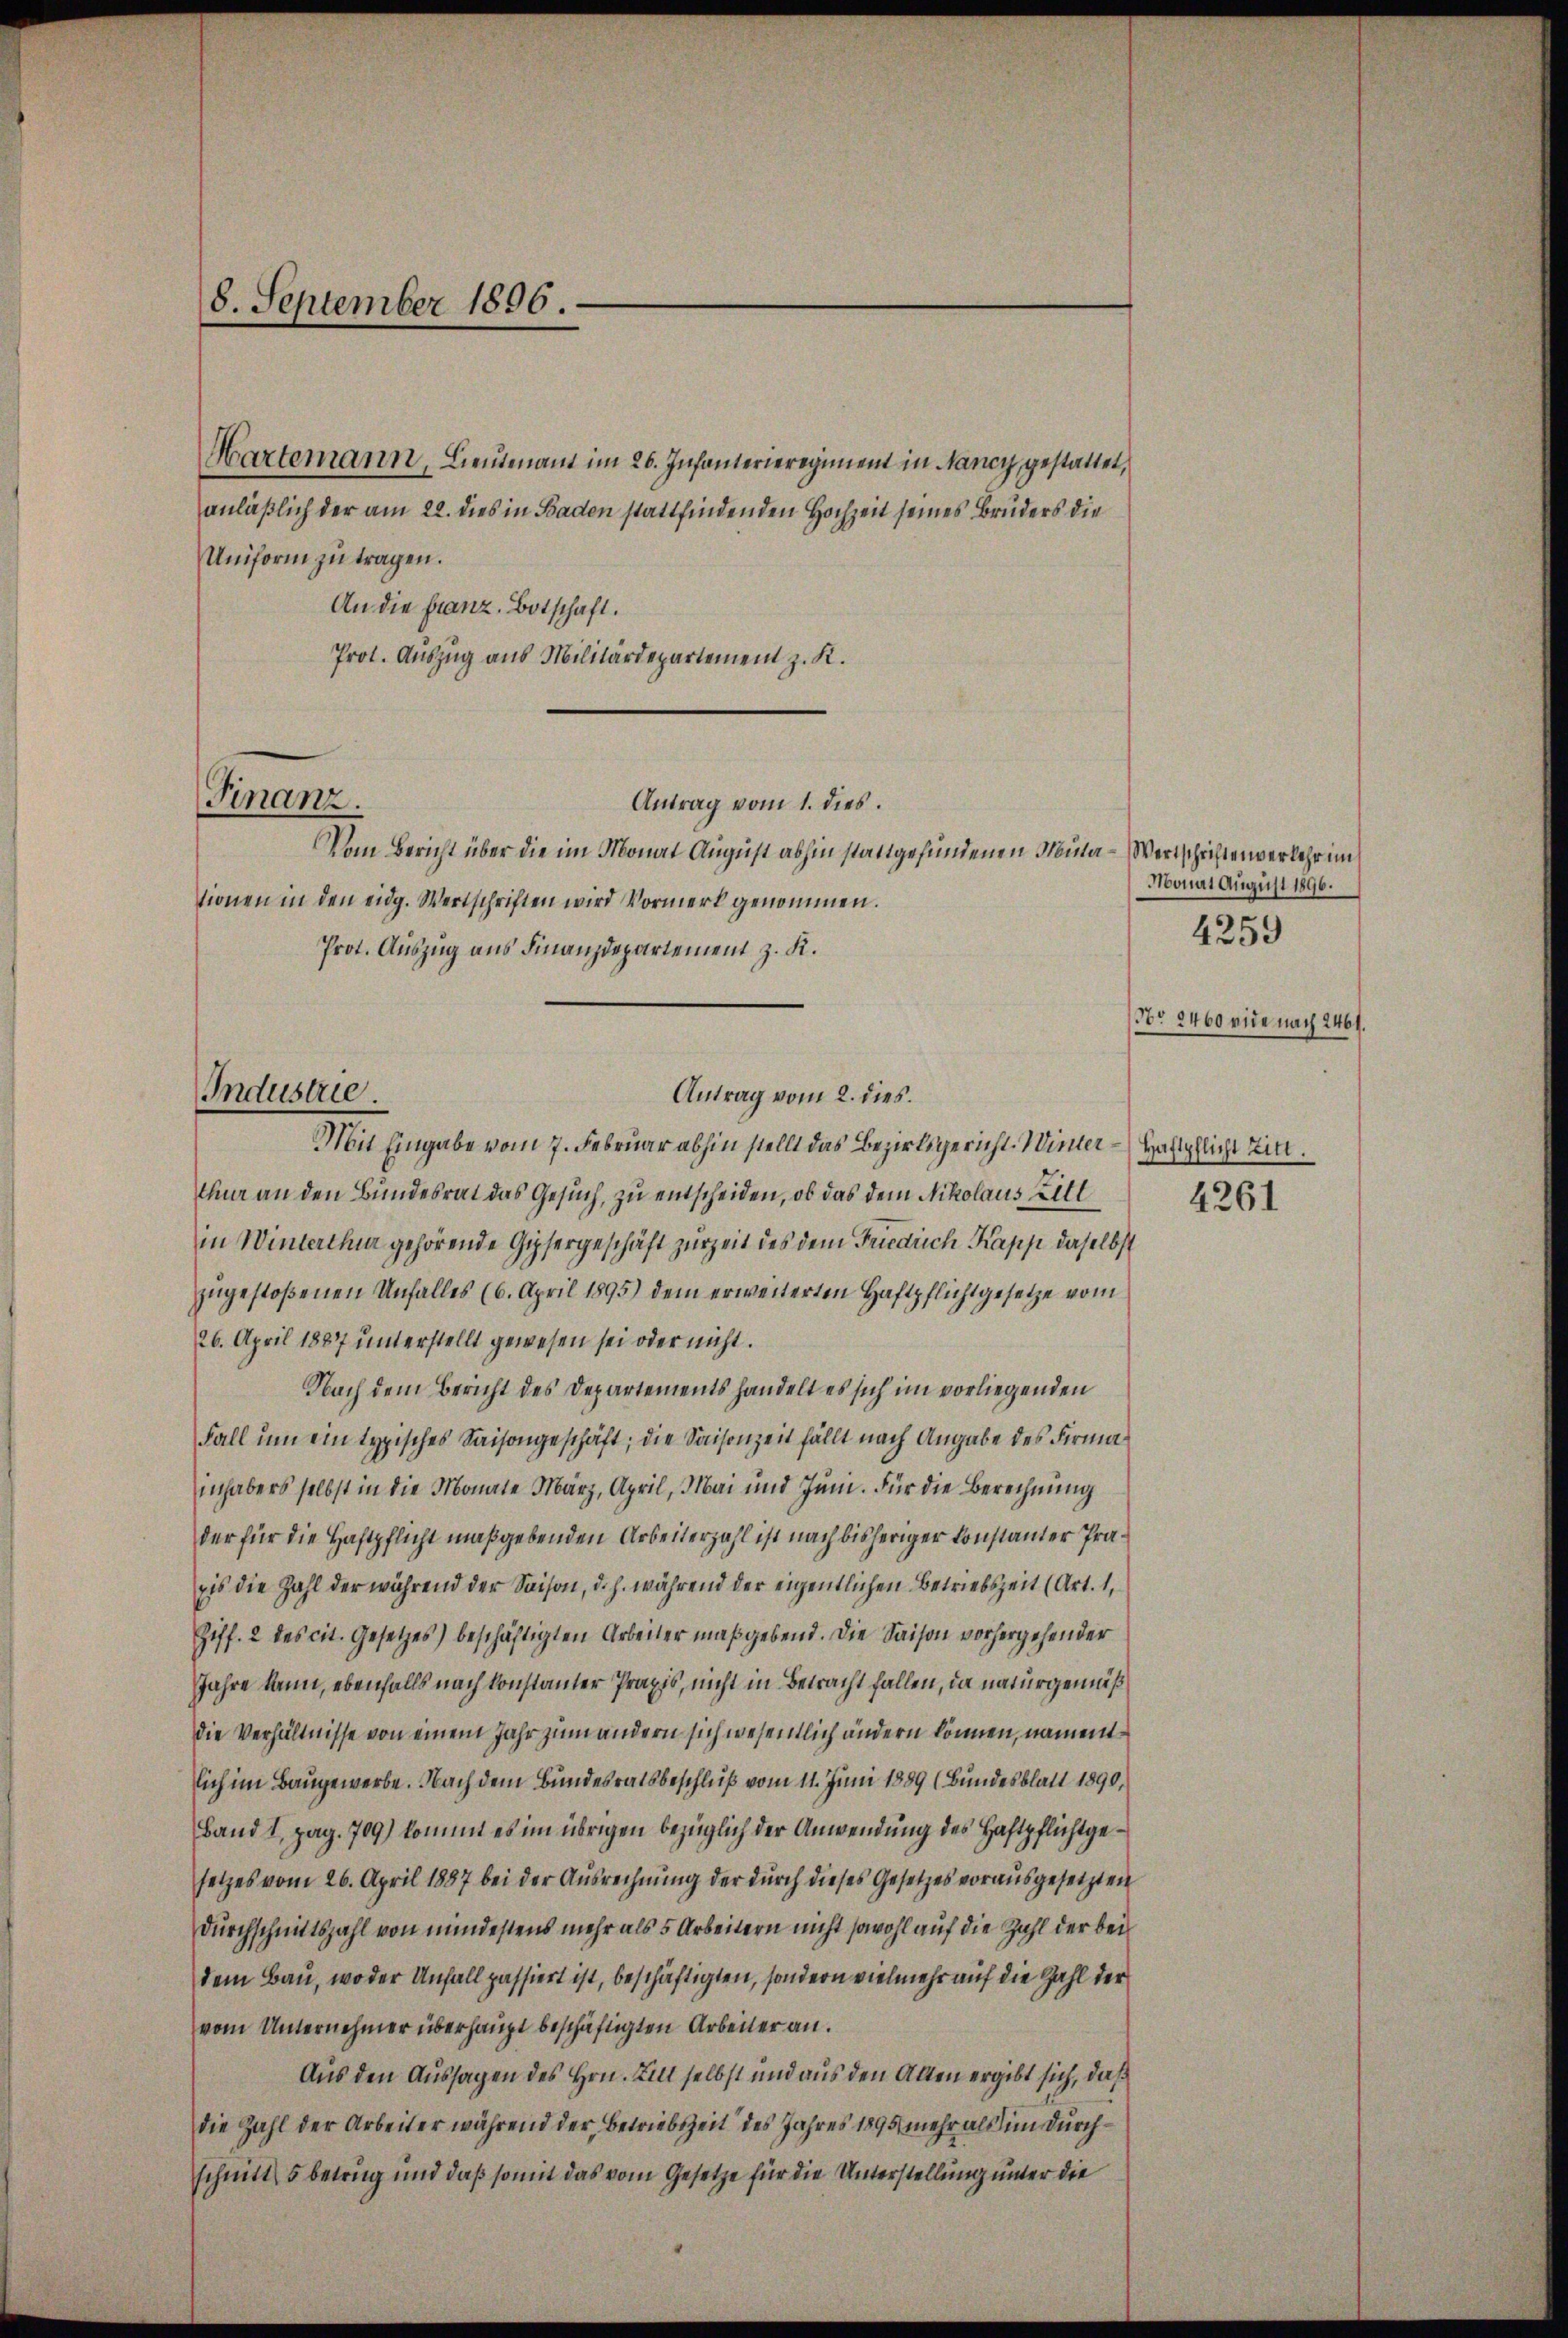
8. September 1896.

Finanz.

Industrie.

Martemann, Lieutenant im 26. Infanterieregiment in Nancy gestattet,
anläßlich der am 22. dies in Baden stattfindenden Hochzeit seines Bruders die
Uniform zu tragen.
An die Franz. Botschaft.
Prot. Auszug aus Militärdepartement z. K.
Antrag vom 1. dies
Vom Bericht über die im Monat August abhin stattgefundenen Mina - Wertschriftenverkehr im
tionen in den eidg. Wertschriften wird Vormerk genommen.
Prot. Auszug aus Finanzdepartement z. K.
Antrag vom 2. dies
Mit Eingabe vom 7. Februar abhin stellt das Bezirksgericht. Winter Haftpflicht Tint.
thur an den Bundesrat das Gesuch, zu entscheiden, ob das dem Nikolaus Bitt
in Winterthur gehörende Gypsergeschäft zurZeit des dem Friedrich Kapp daselbst
zugestoßenen Unfalles (6. April 1895) dem erweiterten Haftpflichtgesetze vom
26. April 1887 unterstellt gewesen sei oder nicht.
Nach dem Bericht des Departements handelt es sich im vorliegenden
Fall um ein typisches Saisongeschäft; die Saisonzeit fällt nach Angabe des Firmainhabers selbst in die Monate März, April, Mai und Juni. Für die Berechnung
der für die Haftpflicht maßgebenden Arbeiterzahl ist nach bisheriger konstanter Präpis die Zahl der während der Saison, d. h. während der eigentlichen Betriebszeit (Art. 1,
Ziff. 2 des cit. Gesetzes) beschäftigten Arbeiter maßgebend. Die Saison vorhergehender
Jahre kann, ebenfalls nach konstanter Praxis, nicht in Betracht fallen, da naturgemäß
die Verhältnisse von einem Jahr zum andern sich wesentlich ändern können, namentlich im Baugewerbe. Nach dem Bundesratsbeschluß vom 11. Juni 1889 (Bundesblatt 1890,
Band I, pag. 709) kommt es im übrigen bezüglich der Anwendung des Haftpflichtgesetzes vom 26. April 1887 bei der Aŭsrechnŭng der dŭrch dieses Gesetzes vorausgesetzten
Durchschnittszahl von mindestens mehr als 5 Arbeitern nicht sowohl auf die Zahl der bei
dem Bau, wo der Unfall passiert ist, beschäftigten, sondern vielmehr auf die Zahl der
vom Unternehmer überhaupt beschäftigten Arbeiter an.
Aus den Aussagen des Hrn. Ein selbst und aus den Alten ergibt sich, daß
die Zahl der Arbeiter während der Betriebszeit des Jahres 1895 mehr als im durchschnitt 5 betrug und daß somit das vom Gesetze für die Unterstellung unter die

Monat August 1896.
Nr 2460 eide nach 2461.
4261

4359